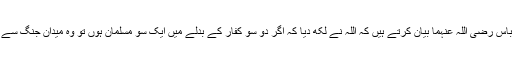
عبد اللہ بن عباس رضی اللہ عنہما بیان کرتے ہیں کہ اللہ نے لکھ دیا کہ اگر دو سو کفار کے بدلے میں ایک سو مسلمان ہوں تو وہ میدانِ جنگ سے فرار نہ ہوں۔